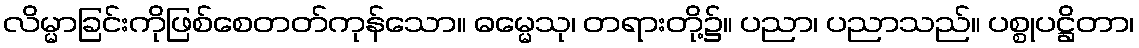
လိမ္မာခြင်းကိုဖြစ်စေတတ်ကုန်သော။ ဓမ္မေသု၊ တရားတို့၌။ ပညာ၊ ပညာသည်။ ပစ္စုပဋ္ဌိတာ၊